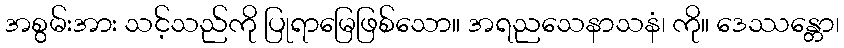
အစွမ်းအား သင့်သည်ကို ပြုရာမြေဖြစ်သော။ အရညသေနာသနံ၊ ကို။ ဒေဿန္တော၊